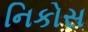
નિકોસ